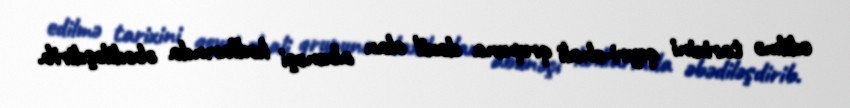
edilmə tarixini qeyri-əhali qrupuna daxil olan abunəçi kodlarında əbədiləşdirib.